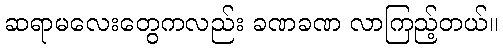
ဆရာမလေးတွေကလည်း ခဏခဏ လာကြည့်တယ်။